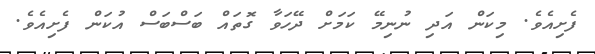
ފެށިއެވެ. މިކަން އަދި ނުނިމޭ ކަމަށް ދޭހަވާ ގޮތައް ބަސްބަސް އުކަން ފެށިއެވެ.